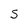
Character: s